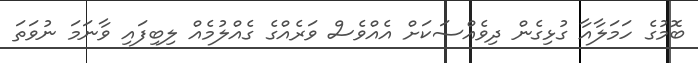
ބޮމުގެ ހަމަލާއާ ގުޅިގެން ދިވެއްސަކަށް އެއްވެސް ވަރެއްގެ ގެއްލުމެއް ލިބިފައި ވާނަމަ ނުވަތަ